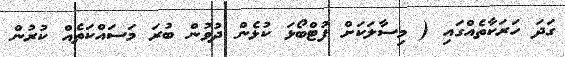
ގަދަ ހަރަކާތެއްގައި ( މިސާލަކަށް ފުޓްބޯޅަ ކުޅެން ދުވުން ބުރަ މަސައްކަތެއް ކުރުން